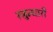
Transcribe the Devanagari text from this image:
रजुन्धारी